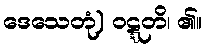
ဒေသေတုံ) ဝဋ္ဋတိ၊ ၏။